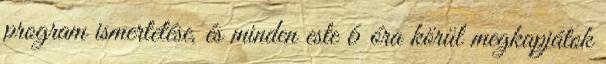
program ismertetése, és minden este 6 óra körül megkapjátok